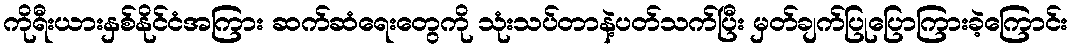
ကိုရီးယားနှစ်နိုင်ငံအကြား ဆက်ဆံရေးတွေကို သုံးသပ်တာနဲ့ပတ်သက်ပြီး မှတ်ချက်ပြုပြောကြားခဲ့ကြောင်း